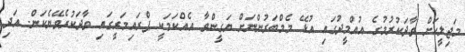
މަޖިލީހަށް ވާދަކުރުމުގެ އުއްމީދުގައި އުޅޭ މެމްބަރުންނަށް ޔަގީންވާ އެއްކަމަކީ ޕްރައިމަރީގައި ވާދަކުރެވޭނެކަން. އަދި